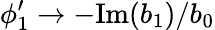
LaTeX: \phi_{1}^{\prime}\rightarrow-\mathrm{Im}(b_{1})/b_{0}